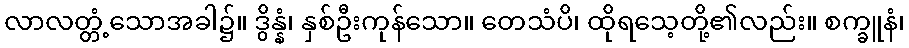
လာလတ္တံ့သောအခါ၌။ ဒွိန္နံ၊ နှစ်ဦးကုန်သော။ တေသံပိ၊ ထိုရသေ့တို့၏လည်း။ စက္ခူနံ၊